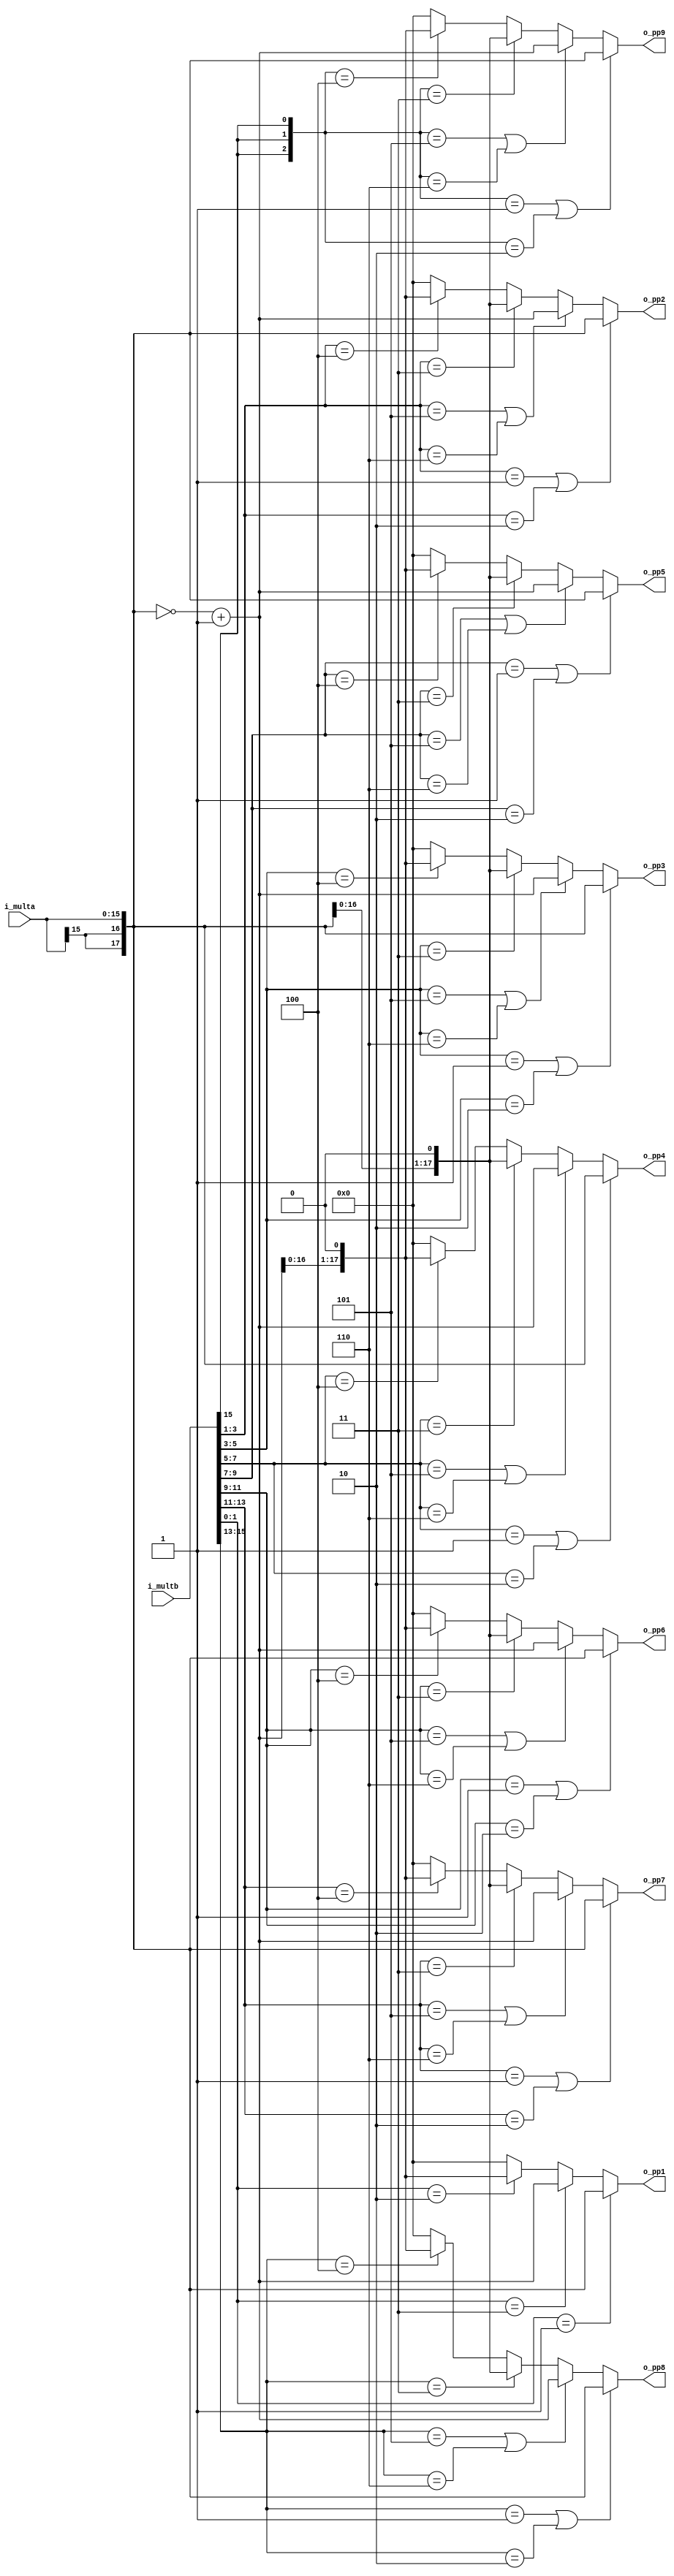
module booth_16x16(
      input  wire [15:0] i_multa,
      input  wire [15:0] i_multb,
      output wire [17:0] o_pp1  ,
      output wire [17:0] o_pp2  ,
      output wire [17:0] o_pp3  ,
      output wire [17:0] o_pp4  ,
      output wire [17:0] o_pp5  ,
      output wire [17:0] o_pp6  ,
      output wire [17:0] o_pp7  ,
      output wire [17:0] o_pp8  ,
      output wire [17:0] o_pp9 
      );

      // sign bit extend
      wire [1:0] sig_exta = {2{i_multa[15]}};
      wire [1:0] sig_extb = {2{i_multb[15]}};

      // generat -x, -2x, 2x for Booth encoding
      wire [17:0] x     = {sig_exta, i_multa};
      wire [17:0] x_c   = ~x + 1;   // -x
      wire [17:0] xm2   = x << 1;   // 2*x
      wire [17:0] x_cm2 = x_c << 1; // -2*x

      //        [17 16 [15] 14 [13] 12 [11] 10 [9] 8 [7] 6 [5] 4 [3] 2 [1] 0 -1]  
      //        |----| |----------------------------------------------------| |
      //      extended sign          orignal operator                   appended bit
      wire [18:0] y     =  {sig_extb, i_multb, 1'b0};

      // calculating partial product based on Booth Radix-4 encoding
      wire [17:0] pp[8:0];
      generate
            genvar i;
            for(i=0; i<18; i=i+2)
            begin : GEN_PP
                  assign pp[i/2] = (y[i+2:i] == 3'b001 || y[i+2:i] == 3'b010) ? x     :
                                   (y[i+2:i] == 3'b101 || y[i+2:i] == 3'b110) ? x_c   :
                                   (y[i+2:i] == 3'b011                      ) ? xm2   :
                                   (y[i+2:i] == 3'b100                      ) ? x_cm2 : 18'b0;
            end
      endgenerate

      assign o_pp1   = pp[0];
      assign o_pp2   = pp[1];
      assign o_pp3   = pp[2];
      assign o_pp4   = pp[3];
      assign o_pp5   = pp[4];
      assign o_pp6   = pp[5];
      assign o_pp7   = pp[6];
      assign o_pp8   = pp[7];
      assign o_pp9   = pp[8];

endmodule